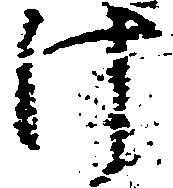
け